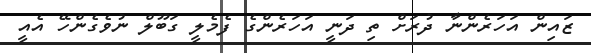
ޒައިން އަހަރެންނާ ދުރަށް ތި ދަނީ އަހަރެންގެ ފެމެލީ ގަބޫލް ނުވެގެންހޭ އެއީ